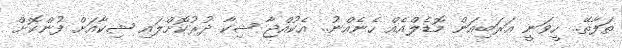
ތަފާތޭ.. ހީވަނީ އަރަބިއަން މޮޑެލްއެއް ހެނެއްނު.. އެކުއްޖާ ޝިކާ ދުރުކޮށްލައި ޝިކާއަށް ފުންކޮށް